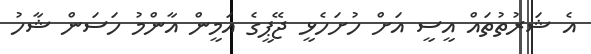
އެ ޝަރުތުތައް އީސީ އަށް ހުށަހެޅީ ޖޭޕީގެ އަމީން އާންމު ހަސަން ޝާހު